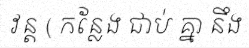
វន្ត ( កន្លែង ជាប់ គ្នា នឹង